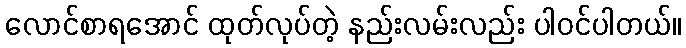
လောင်စာရအောင် ထုတ်လုပ်တဲ့ နည်းလမ်းလည်း ပါဝင်ပါတယ်။